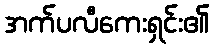
အက်ပလီကေးရှင်း၏